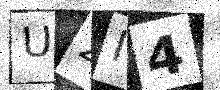
Text: U2I4